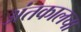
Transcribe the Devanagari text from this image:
अंतकालचा